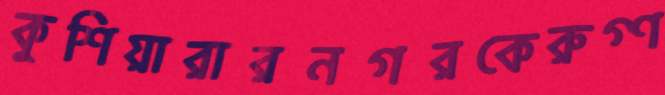
কুশিয়ারারনগরকেরুগ্ণ